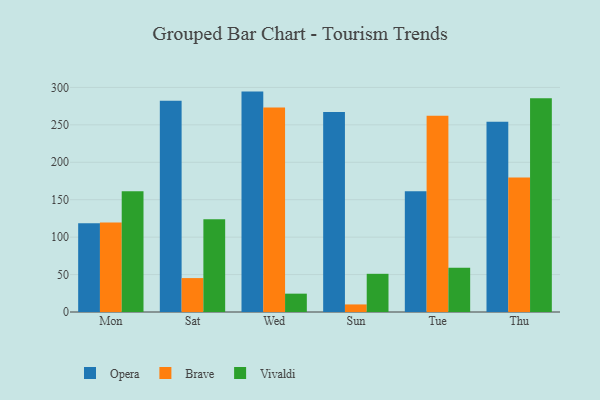
{"axis": {"x": "Day", "y": "Budget (USD K)"}, "legend": ["Brave", "Opera", "Vivaldi"], "data": [{"x": "Mon", "y": 118.6, "type": "Opera"}, {"x": "Mon", "y": 119.7, "type": "Brave"}, {"x": "Mon", "y": 161.3, "type": "Vivaldi"}, {"x": "Sat", "y": 282.3, "type": "Opera"}, {"x": "Sat", "y": 45.3, "type": "Brave"}, {"x": "Sat", "y": 124.0, "type": "Vivaldi"}, {"x": "Wed", "y": 294.4, "type": "Opera"}, {"x": "Wed", "y": 273.0, "type": "Brave"}, {"x": "Wed", "y": 24.5, "type": "Vivaldi"}, {"x": "Sun", "y": 267.1, "type": "Opera"}, {"x": "Sun", "y": 10.1, "type": "Brave"}, {"x": "Sun", "y": 51.0, "type": "Vivaldi"}, {"x": "Tue", "y": 161.3, "type": "Opera"}, {"x": "Tue", "y": 262.0, "type": "Brave"}, {"x": "Tue", "y": 59.0, "type": "Vivaldi"}, {"x": "Thu", "y": 254.2, "type": "Opera"}, {"x": "Thu", "y": 179.7, "type": "Brave"}, {"x": "Thu", "y": 285.6, "type": "Vivaldi"}]}